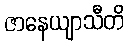
ဇာနေယျာသီတိ